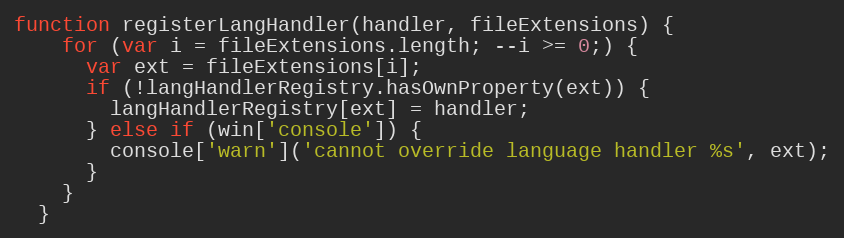
Language: JavaScript
function registerLangHandler(handler, fileExtensions) {
    for (var i = fileExtensions.length; --i >= 0;) {
      var ext = fileExtensions[i];
      if (!langHandlerRegistry.hasOwnProperty(ext)) {
        langHandlerRegistry[ext] = handler;
      } else if (win['console']) {
        console['warn']('cannot override language handler %s', ext);
      }
    }
  }